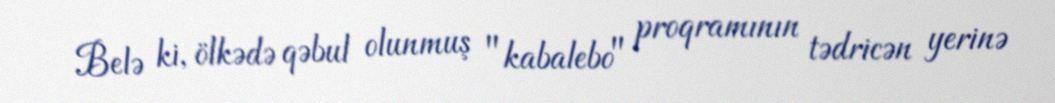
Belə ki, ölkədə qəbul olunmuş "kabalebo" proqramının tədricən yerinə